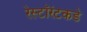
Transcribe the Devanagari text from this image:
रेस्टॉरंटकडे